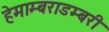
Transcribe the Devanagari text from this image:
हेमाम्बराडम्बरी